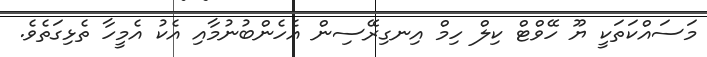
މަސައްކަތަކީ ޔޫ ހޭވްޓް ކިލް ހިމް އިނގިރޭސިން އެހެންބުނުމާއި އެކު އެމީހާ ތެޅިގަތެވެ.